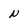
Character: N